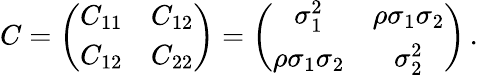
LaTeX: C=\left(\begin{array}{ll}{C_{11}}&{C_{12}}\\ {C_{12}}&{C_{22}}\end{array}\right)=\left(\begin{array}{cc}{\sigma_{1}^{2}}&{\rho\sigma_{1}\sigma_{2}}\\ {\rho\sigma_{1}\sigma_{2}}&{\sigma_{2}^{2}}\end{array}\right)\, .